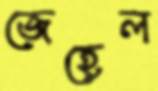
জেহেল